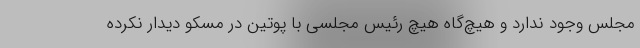
مجلس وجود ندارد و هیچ‌گاه هیچ رئیس مجلسی با پوتین در مسکو دیدار نکرده